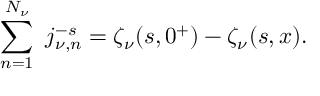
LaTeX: \sum _ { n = 1 } ^ { N _ { \nu } } \ j _ { \nu , n } ^ { - s } = \zeta _ { \nu } ( s , 0 ^ { + } ) - \zeta _ { \nu } ( s , x ) .